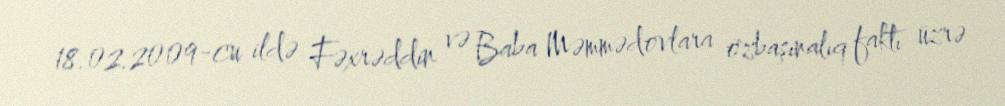
18.02.2009-cu ildə Fəxrəddin və Baba Məmmədovlara özbaşınalıq faktı üzrə